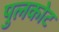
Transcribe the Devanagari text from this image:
पुलकोट